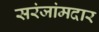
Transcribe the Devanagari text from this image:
सरंजांमदार